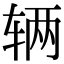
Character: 辆